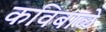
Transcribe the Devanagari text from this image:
कविबाळे